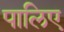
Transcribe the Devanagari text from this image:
पालिए